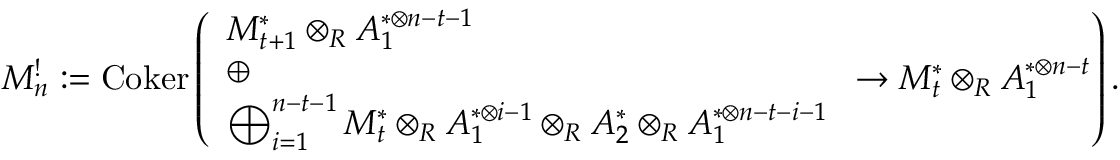
M _ { n } ^ { ! } : = \operatorname { C o k e r } \left( \begin{array} { l } { M _ { t + 1 } ^ { * } \otimes _ { R } A _ { 1 } ^ { * \otimes n - t - 1 } } \\ { \oplus } \\ { \bigoplus _ { i = 1 } ^ { n - t - 1 } M _ { t } ^ { * } \otimes _ { R } A _ { 1 } ^ { * \otimes i - 1 } \otimes _ { R } A _ { 2 } ^ { * } \otimes _ { R } A _ { 1 } ^ { * \otimes n - t - i - 1 } } \end{array} \to M _ { t } ^ { * } \otimes _ { R } A _ { 1 } ^ { * \otimes n - t } \right) .